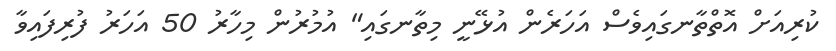
ކުރިއަށް އޮތްތާނގައިވެސް އަހަރެން އުޅޭނީ މިތާނގައި" އުމުރުން މިހާރު 50 އަހަރު ފުރިފައިވާ